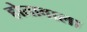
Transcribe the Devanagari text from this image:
होतावाला